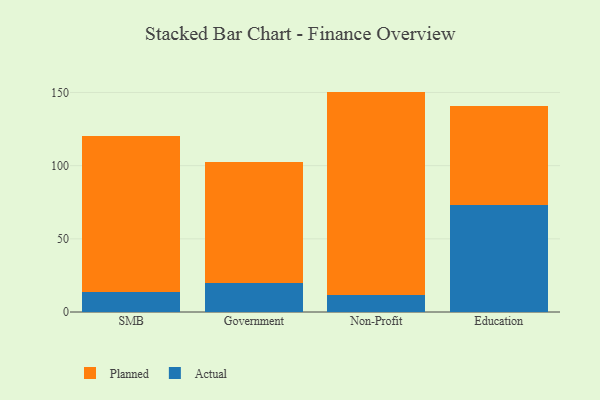
{"axis": {"x": "Segment", "y": "Backlog"}, "legend": ["Actual", "Planned"], "data": [{"x": "SMB", "y": 13.4, "type": "Actual"}, {"x": "SMB", "y": 106.6, "type": "Planned"}, {"x": "Government", "y": 19.9, "type": "Actual"}, {"x": "Government", "y": 82.8, "type": "Planned"}, {"x": "Non-Profit", "y": 11.8, "type": "Actual"}, {"x": "Non-Profit", "y": 138.8, "type": "Planned"}, {"x": "Education", "y": 73.2, "type": "Actual"}, {"x": "Education", "y": 67.9, "type": "Planned"}]}